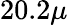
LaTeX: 20.2\mu